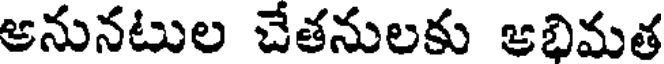
ఆనునటుల చేతనులకు ఆభిమత